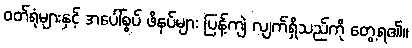
ဝတ်ရုံများနှင့် အပေါ်စွပ် ဖိနပ်များ ပြန့်ကျဲ လျက်ရှိသည်ကို တွေ့ရ၏။